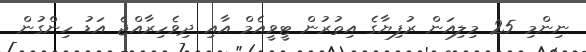
ނިންމި 25 މިލިއަން ރުފިޔާގެ އިތުރުން ޓީވީއެމް އާއި ދިވެހިރާއްޖެ އަޑު ހިންގުން